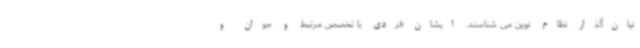
نیان‌گذار نظام نوین می شناسند. ایشان فردی با تخصص مرتبط و جوان و